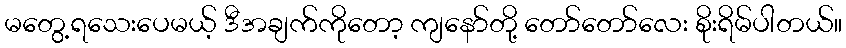
မတွေ့ရသေးပေမယ့် ဒီအချက်ကိုတော့ ကျနော်တို့ တော်တော်လေး စိုးရိမ်ပါတယ်။